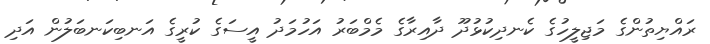
ރައްޔިތުންގެ މަޖިލީހުގެ ކެނދިކުޅުދޫ ދާއިރާގެ މެމްބަރު އަހުމަދު އީސަގެ ކުރީގެ އަނބިކަނބަލުން އަދި